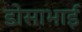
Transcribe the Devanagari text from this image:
डोसाभाई